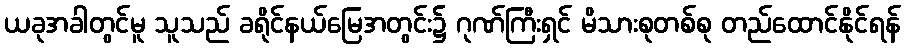
ယခုအခါတွင်မူ သူသည် ခရိုင်နယ်မြေအတွင်း၌ ဂုဏ်ကြီးရှင် မိသားစုတစ်စု တည်ထောင်နိုင်ရန်